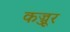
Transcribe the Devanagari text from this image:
कज्जूर